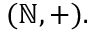
( \mathbb { N } , + ) .